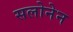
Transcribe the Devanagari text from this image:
सलोनेन